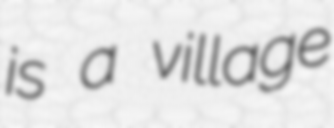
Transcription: is a village